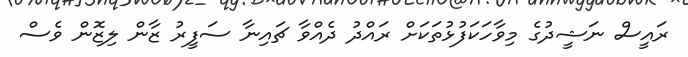
ރައީސް ނަޝީދުގެ މިވާހަކަފުޅުތަކަށް ރައްދު ދެއްވާ ޗައިނާ ސަފީރު ޒާން ލިޒޮން ވެސް